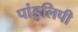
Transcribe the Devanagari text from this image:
पांडुलिपी